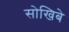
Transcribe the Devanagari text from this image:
सोखिबे